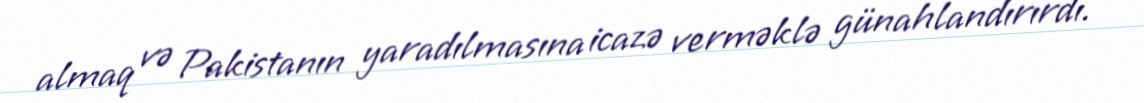
almaq və Pakistanın yaradılmasına icazə verməklə günahlandırırdı.